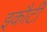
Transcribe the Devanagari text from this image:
इकौटी